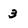
Character: 3